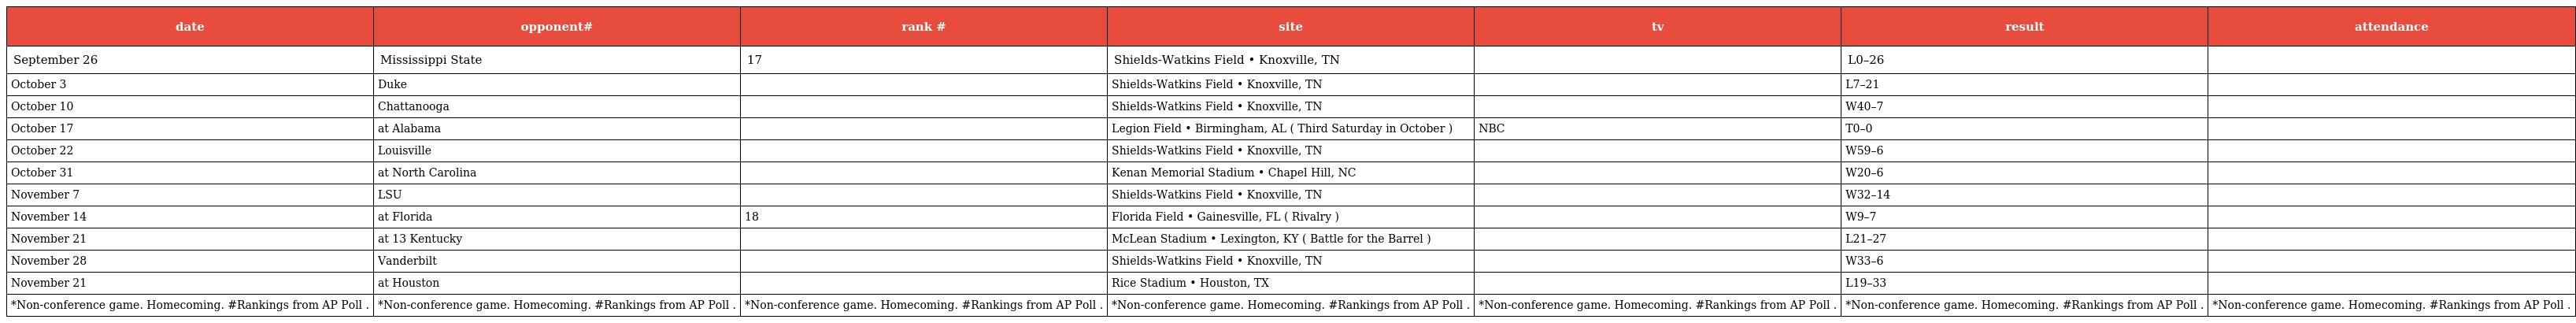
| date | opponent# | rank # | site | tv | result | attendance |
 | --- | --- | --- | --- | --- | --- | --- |
 | September 26 | Mississippi State | 17 | Shields-Watkins Field • Knoxville, TN |  | L0–26 |  |
 | October 3 | Duke |  | Shields-Watkins Field • Knoxville, TN |  | L7–21 |  |
 | October 10 | Chattanooga |  | Shields-Watkins Field • Knoxville, TN |  | W40–7 |  |
 | October 17 | at Alabama |  | Legion Field • Birmingham, AL ( Third Saturday in October ) | NBC | T0–0 |  |
 | October 22 | Louisville |  | Shields-Watkins Field • Knoxville, TN |  | W59–6 |  |
 | October 31 | at North Carolina |  | Kenan Memorial Stadium • Chapel Hill, NC |  | W20–6 |  |
 | November 7 | LSU |  | Shields-Watkins Field • Knoxville, TN |  | W32–14 |  |
 | November 14 | at Florida | 18 | Florida Field • Gainesville, FL ( Rivalry ) |  | W9–7 |  |
 | November 21 | at 13 Kentucky |  | McLean Stadium • Lexington, KY ( Battle for the Barrel ) |  | L21–27 |  |
 | November 28 | Vanderbilt |  | Shields-Watkins Field • Knoxville, TN |  | W33–6 |  |
 | November 21 | at Houston |  | Rice Stadium • Houston, TX |  | L19–33 |  |
 | *Non-conference game. Homecoming. #Rankings from AP Poll . | *Non-conference game. Homecoming. #Rankings from AP Poll . | *Non-conference game. Homecoming. #Rankings from AP Poll . | *Non-conference game. Homecoming. #Rankings from AP Poll . | *Non-conference game. Homecoming. #Rankings from AP Poll . | *Non-conference game. Homecoming. #Rankings from AP Poll . | *Non-conference game. Homecoming. #Rankings from AP Poll . |